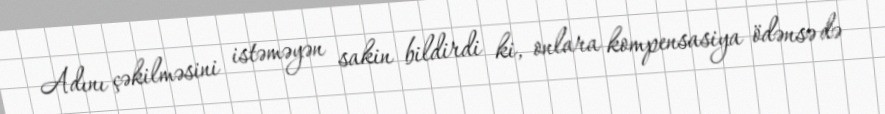
Adını çəkilməsini istəməyən sakin bildirdi ki, onlara kompensasiya ödənsə də